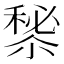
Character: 𥡁